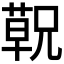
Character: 𬞁